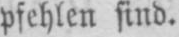
pfehlen find.